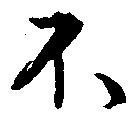
不